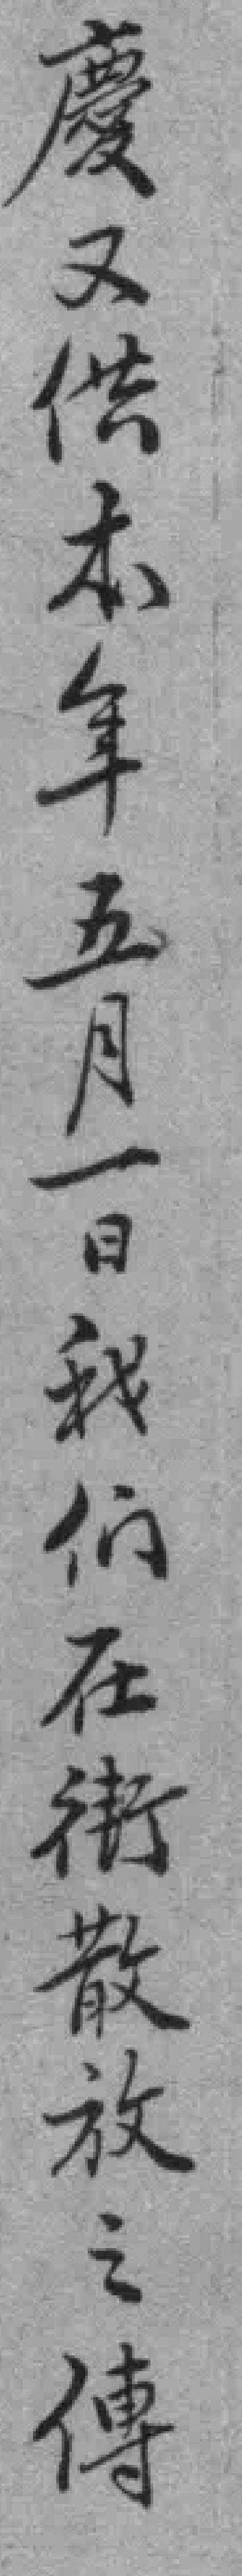
慶又供本年五月一日我们在街散放之傳